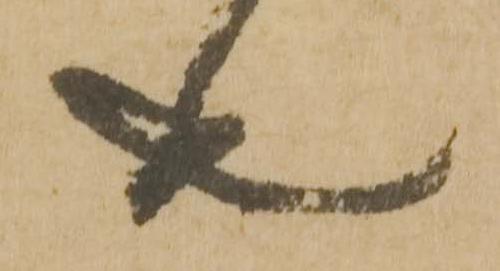
也